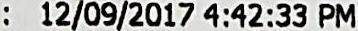
: 12/09/2017 4:42:33 PM